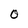
Character: 0